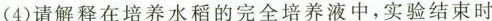
（4）请解释在培养水稻的完全培养液中，实验结束时